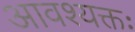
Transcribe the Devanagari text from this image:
आवश्यक्तः